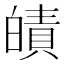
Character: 皟